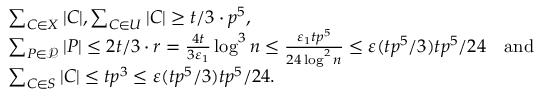
\begin{array} { r l } & { \sum _ { C \in X } | C | , \sum _ { C \in U } | C | \ge t / 3 \cdot p ^ { 5 } , } \\ & { \sum _ { P \in \mathcal { P } } | P | \le 2 t / 3 \cdot r = \frac { 4 t } { 3 \varepsilon _ { 1 } } \log ^ { 3 } n \le \frac { \varepsilon _ { 1 } t p ^ { 5 } } { 2 4 \log ^ { 2 } n } \le \varepsilon ( t p ^ { 5 } / 3 ) t p ^ { 5 } / 2 4 \quad \mathrm { a n d } } \\ & { \sum _ { C \in S } | C | \le t p ^ { 3 } \le \varepsilon ( t p ^ { 5 } / 3 ) t p ^ { 5 } / 2 4 . } \end{array}